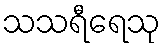
သသရီရေသု